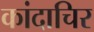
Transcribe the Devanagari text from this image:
कांदाचिर